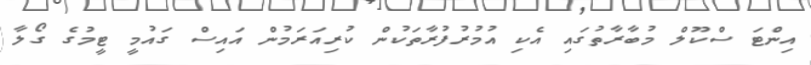
އިންޓަ ސްކޫލް މުބާރާތުގައި އެކި އުމުރުފުރާތަކުން ކުރިއަރަމުން އައިސް ގައުމީ ޓީމުގެ ގޯލާ